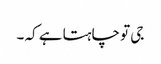
جی تو چاہتا ہے کہ ۔